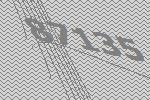
87135